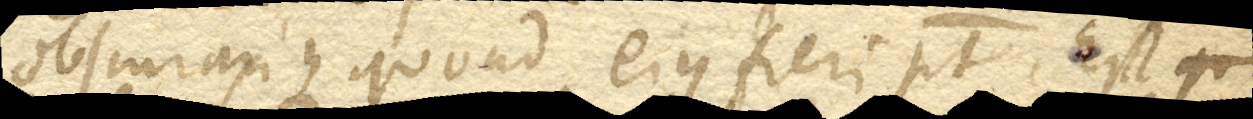
obscurarique quoad ejus fieri potest. Est